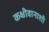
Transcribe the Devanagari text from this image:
कक्षीवानाशी